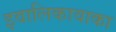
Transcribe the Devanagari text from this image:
इवालिकावाका